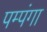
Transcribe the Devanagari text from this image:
पम्पंगा